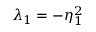
\lambda _ { 1 } = - \eta _ { 1 } ^ { 2 }